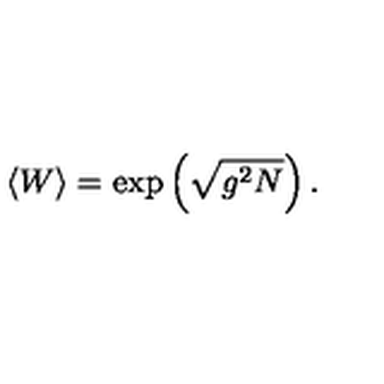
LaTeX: \langle W \rangle = \exp \left( \sqrt { g ^ { 2 } N } \right) .